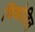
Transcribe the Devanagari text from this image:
विकोडित